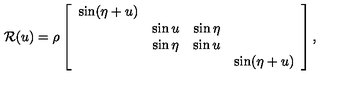
{ \cal R } ( u ) = \rho \left[ \begin{array} { c c c c } { \sin ( \eta + u ) } & { } & { } & { } \\ { } & { \sin u } & { \sin \eta } & { } \\ { } & { \sin \eta } & { \sin u } & { } \\ { } & { } & { } & { \sin ( \eta + u ) } \\ \end{array} \right] ,